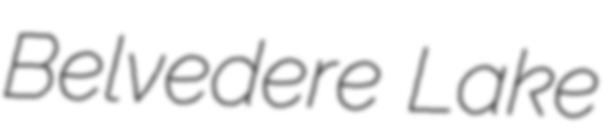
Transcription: Belvedere Lake